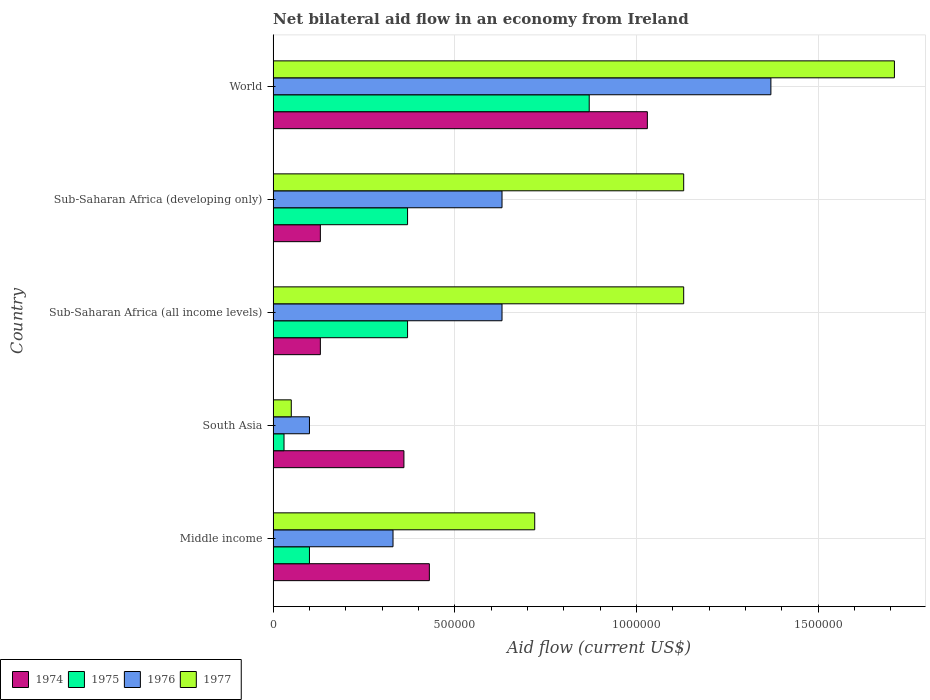
| Country | 1974 | 1975 | 1976 | 1977 |
 | --- | --- | --- | --- | --- |
 | Middle income | 4.3e+05 | 1e+05 | 3.3e+05 | 7.2e+05 |
 | South Asia | 3.6e+05 | 3e+04 | 1e+05 | 5e+04 |
 | Sub-Saharan Africa (all income levels) | 1.3e+05 | 3.7e+05 | 6.3e+05 | 1.13e+06 |
 | Sub-Saharan Africa (developing only) | 1.3e+05 | 3.7e+05 | 6.3e+05 | 1.13e+06 |
 | World | 1.03e+06 | 8.7e+05 | 1.37e+06 | 1.71e+06 |